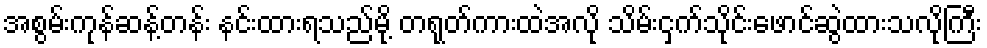
အစွမ်းကုန်ဆန့်တန်း နင်းထားရသည်မို့ တရုတ်ကားထဲအလို သိမ်းငှက်သိုင်းဖောင်ဆွဲထားသလိုကြီး